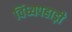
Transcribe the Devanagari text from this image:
विंध्यपहाड़ी